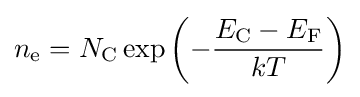
n_{\text{e}}=N_{\text{C}}\exp \left(-{\frac {E_{\text{C}}-E_{\text{F}}}{kT}}\right)